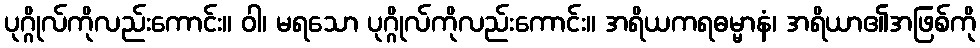
ပုဂ္ဂိုလ်ကိုလည်းကောင်း။ ဝါ၊ မရသော ပုဂ္ဂိုလ်ကိုလည်းကောင်း။ အရိယကရဓမ္မာနံ၊ အရိယာ၏အဖြစ်ကို